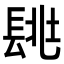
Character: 𨱶